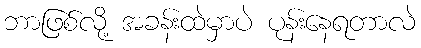
ဘာဖြစ်လို့ အခန်းထဲမှာပဲ ပုန်းနေရတာလဲ